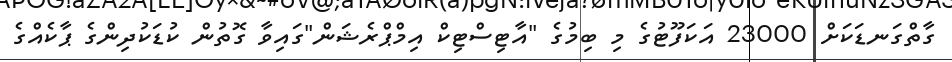
ގާތްގަނޑަކަށް 23000 އަކަފޫޓުގެ މި ބިމުގެ "އާޓިސްޓިކް އިމްޕްރެޝަން"ގައިވާ ގޮތުން ކުޑަކުދިންގެ ޕާކެއްގެ